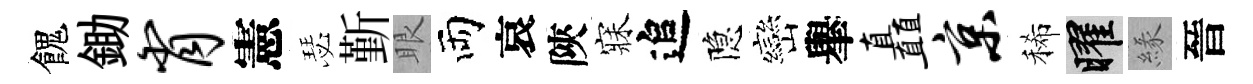
餽鋤肖憲瑟斳眼両哀陝寐追隐巒𦦙矗京稀曜緣晉